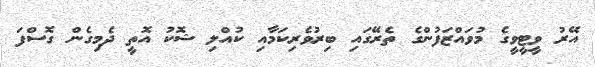
އޭރު ވީޓީވީގެ މުވައްޒަފުންގެ ތެރޭގައި ބިރުވެރިކަމާއި ކުއްލި ޝޮކު އޮތީ ދެމިގެން ގޮސްފަ